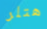
هتلر